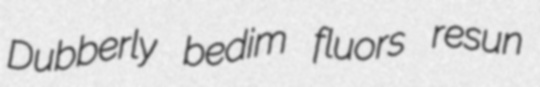
Dubberly bedim fluors resun